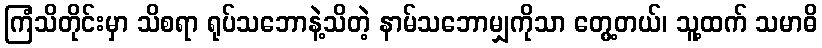
ကြံသိတိုင်းမှာ သိစရာ ရုပ်သဘောနဲ့သိတဲ့ နာမ်သဘောမျှကိုသာ တွေ့တယ်၊ သူ့ထက် သမာဓိ